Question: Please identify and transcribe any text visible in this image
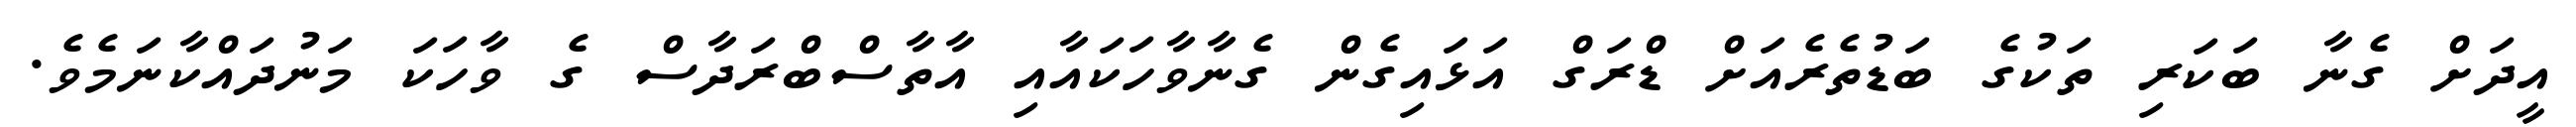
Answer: އީދަށް ގެނާ ބަކަރި ތަކުގެ ބަޑުތެރެއަށް ޑްރަގް އަޅައިގެން ގެނާވާހަކައާއި އާތާސްބްރަދާސް ގެ ވާހަކަ މަނުދައްކާނަމެވެ.